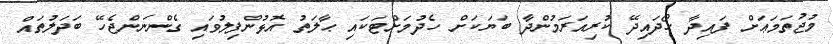
މުޖުތަމަޢަށް ފައިދާ ހޯދައިދޭ ކުރިއަރަމުންދާ ބަޔަކަށް ހެދުމަށްޓަކައި ޙާލަތު އޮޅުންފިލުވައި ގެންނަންޖެހޭ ބަދަލުތައް